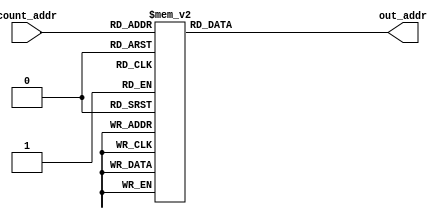
module sram_addr_0(
input [8:0] count_addr,
output reg [10:0] out_addr
);

always@* begin
	case(count_addr) // synopsys parallel_case
		  0: out_addr = 1560; //0 OK
		  1: out_addr = 1559;
		  2: out_addr = 1496;
		  3: out_addr = 1495;
		  4: out_addr = 1432;
		  5: out_addr = 1431;
		  6: out_addr = 1368;
		  7: out_addr = 1367;
		  8: out_addr = 1304; //1 OK	
		  9: out_addr = 1303;
		 10: out_addr = 1240;
		 11: out_addr = 1239;
		 12: out_addr = 1176;
		 13: out_addr = 1175;
		 14: out_addr = 1112;
		 15: out_addr = 1111;
		 16: out_addr = 1048; //2 OK
		 17: out_addr = 1047;
		 18: out_addr = 984;
		 19: out_addr = 983;
		 20: out_addr = 920;
		 21: out_addr = 919;
		 22: out_addr = 856;
		 23: out_addr = 855;
		 24: out_addr = 792; //3 OK
		 25: out_addr = 791;
		 26: out_addr = 728;
		 27: out_addr = 727;
		 28: out_addr = 664;
		 29: out_addr = 663;
		 30: out_addr = 600;
		 31: out_addr = 599;
		 32: out_addr = 598; //4 OK
		 33: out_addr = 597;
		 34: out_addr = 662;
		 35: out_addr = 661;
		 36: out_addr = 726;
		 37: out_addr = 725;
		 38: out_addr = 790;
		 39: out_addr = 789;
		 40: out_addr = 854; //5 OK
		 41: out_addr = 853;
		 42: out_addr = 918;
		 43: out_addr = 917;
		 44: out_addr = 982;
		 45: out_addr = 981;
		 46: out_addr = 1046;
		 47: out_addr = 1045;
		 48: out_addr = 1110; //6 OK
		 49: out_addr = 1109;
		 50: out_addr = 1174;
		 51: out_addr = 1173;
		 52: out_addr = 1238;
		 53: out_addr = 1237;
		 54: out_addr = 1302;
		 55: out_addr = 1301;
		 56: out_addr = 1366; //7 OK
		 57: out_addr = 1365;
		 58: out_addr = 1430;
		 59: out_addr = 1429;
		 60: out_addr = 1494;
		 61: out_addr = 1493;
		 62: out_addr = 1558;
		 63: out_addr = 1557;
		 64: out_addr = 1556; //8 OK
		 65: out_addr = 1555;
		 66: out_addr = 1492;
		 67: out_addr = 1491;
		 68: out_addr = 1428;
		 69: out_addr = 1427;
		 70: out_addr = 1364;
		 71: out_addr = 1363;
		 72: out_addr = 980; //9 OK
		 73: out_addr = 979;
		 74: out_addr = 916;
		 75: out_addr = 915;
		 76: out_addr = 852;
		 77: out_addr = 851;
		 78: out_addr = 788;
		 79: out_addr = 787;
		 80: out_addr = 724; //10 OK
		 81: out_addr = 723;
		 82: out_addr = 660;
		 83: out_addr = 659;
		 84: out_addr = 596;
		 85: out_addr = 595;
		 86: out_addr = 594;
		 87: out_addr = 593;
		 88: out_addr = 658; //11 OK
		 89: out_addr = 657;
		 90: out_addr = 722;
		 91: out_addr = 721;
		 92: out_addr = 786;
		 93: out_addr = 785;
		 94: out_addr = 850;
		 95: out_addr = 849;
		 96: out_addr = 914; //12 OK
		 97: out_addr = 913;
		 98: out_addr = 978;
		 99: out_addr = 977;
		100: out_addr = 1362;
		101: out_addr = 1361;
		102: out_addr = 1426;
		103: out_addr = 1425;
		104: out_addr = 1490; //13 OK
		105: out_addr = 1489;
		106: out_addr = 1554;
		107: out_addr = 1553;
		108: out_addr = 1552;	
		109: out_addr = 1551;
		110: out_addr = 1488;
		111: out_addr = 1487;
		112: out_addr = 1424; //14 OK
		113: out_addr = 1423;
		114: out_addr = 1360;
		115: out_addr = 1359;
		116: out_addr = 1295;
		117: out_addr = 1231;
		118: out_addr = 1167;
		119: out_addr = 1103;
		120: out_addr = 1039; //15 OK
		121: out_addr = 976;
		122: out_addr = 975;
		123: out_addr = 912;
		124: out_addr = 911;
		125: out_addr = 848;
		126: out_addr = 847;
		127: out_addr = 784;
		128: out_addr = 783; //16 OK
		129: out_addr = 720;
		130: out_addr = 719;
		131: out_addr = 656;
		132: out_addr = 655;
		133: out_addr = 592;
		134: out_addr = 591;
		135: out_addr = 528;
		136: out_addr = 527; //17 OK
		137: out_addr = 464;
		138: out_addr = 463;
		139: out_addr = 336;
		140: out_addr = 335;
		141: out_addr = 272;
		142: out_addr = 271;
		143: out_addr = 208;
		144: out_addr = 207; //18
		145: out_addr = 144;
		146: out_addr = 143;
		147: out_addr = 80;
		148: out_addr = 79;
		149: out_addr = 16;
		150: out_addr = 15;
		151: out_addr = 14;
		152: out_addr = 13; //19
		153: out_addr = 78;
		154: out_addr = 77;
		155: out_addr = 142;
		156: out_addr = 141;
		157: out_addr = 206;
		158: out_addr = 205;
		159: out_addr = 270;
		160: out_addr = 269; //20 OK
		161: out_addr = 334;
		162: out_addr = 333;
		163: out_addr = 462;
		164: out_addr = 461;
		165: out_addr = 526;
		166: out_addr = 525;
		167: out_addr = 590;
		168: out_addr = 589; //21
		169: out_addr = 654;
		170: out_addr = 653;
		171: out_addr = 718;
		172: out_addr = 717;
		173: out_addr = 782;
		174: out_addr = 781;
		175: out_addr = 846;
		176: out_addr = 845; //22 OK
		177: out_addr = 910;
		178: out_addr = 909;
		179: out_addr = 974;
		180: out_addr = 973;
		181: out_addr = 1038;
		182: out_addr = 1037;
		183: out_addr = 1102;
		184: out_addr = 1101; //23 OK
		185: out_addr = 1166;
		186: out_addr = 1165;
		187: out_addr = 1230;
		188: out_addr = 1229;
		189: out_addr = 1294;
		190: out_addr = 1293;
		191: out_addr = 1358;
		192: out_addr = 1357; //24 OK
		193: out_addr = 1422;
		194: out_addr = 1421;
		195: out_addr = 1486;
		196: out_addr = 1485;
		197: out_addr = 1550;
		198: out_addr = 1549;
		199: out_addr = 1548;
		200: out_addr = 1547; //25 OK
		201: out_addr = 1484;
		202: out_addr = 1483;
		203: out_addr = 1420;
		204: out_addr = 1419;
		205: out_addr = 1356;
		206: out_addr = 1355;
		207: out_addr = 1292;
		208: out_addr = 1291; //26 OK
		209: out_addr = 1228;
		210: out_addr = 1227;
		211: out_addr = 1164;
		212: out_addr = 1163;
		213: out_addr = 1100;
		214: out_addr = 1099;
		215: out_addr = 1036;
		216: out_addr = 1035; //27 OK
		217: out_addr = 972;
		218: out_addr = 971;
		219: out_addr = 908;
		220: out_addr = 907;
		221: out_addr = 844;
		222: out_addr = 843;
		223: out_addr = 780;
		224: out_addr = 779; //28 OK
		225: out_addr = 716;
		226: out_addr = 715;
		227: out_addr = 652;
		228: out_addr = 651;
		229: out_addr = 588;
		230: out_addr = 587;
		231: out_addr = 524;
		232: out_addr = 523; //29 OK
		233: out_addr = 460;
		234: out_addr = 459;
		235: out_addr = 332;
		236: out_addr = 331;
		237: out_addr = 268;
		238: out_addr = 267;
		239: out_addr = 204;
		240: out_addr = 203; //30
		241: out_addr = 140;
		242: out_addr = 139;
		243: out_addr = 76;
		244: out_addr = 75;
		245: out_addr = 12;
		246: out_addr = 11;
		247: out_addr = 10; 
		248: out_addr = 9; //31
		249: out_addr = 74;
		250: out_addr = 73;
		251: out_addr = 138;
		252: out_addr = 137;
		253: out_addr = 202;
		254: out_addr = 201;
		255: out_addr = 266;
		256: out_addr = 265; //32 OK
		257: out_addr = 330;
		258: out_addr = 329;
		259: out_addr = 458;
		260: out_addr = 457;
		261: out_addr = 522;
		262: out_addr = 521;
		263: out_addr = 586;
		264: out_addr = 585; //33 OK
		265: out_addr = 650; 
		266: out_addr = 649;
		267: out_addr = 714;
		268: out_addr = 713;
		269: out_addr = 778;
		270: out_addr = 777;
		271: out_addr = 842;
		272: out_addr = 841; //34 OK
		273: out_addr = 906;
		274: out_addr = 905;
		275: out_addr = 970;
		276: out_addr = 969;
		277: out_addr = 1034;
		278: out_addr = 1033;
		279: out_addr = 1098;
		280: out_addr = 1097; //35 PK
		281: out_addr = 1162;
		282: out_addr = 1161;
		283: out_addr = 1226;
		284: out_addr = 1225;
		285: out_addr = 1290;
		286: out_addr = 1289;
		287: out_addr = 1354;
		288: out_addr = 1353; //36 OK
		289: out_addr = 1418;
		290: out_addr = 1417;
		291: out_addr = 1482;
		292: out_addr = 1481;
		293: out_addr = 1546;
		294: out_addr = 1545;
		295: out_addr = 1032; 
		296: out_addr = 1031; //37 OK
		297: out_addr = 968;
		298: out_addr = 967;
		299: out_addr = 904;
		300: out_addr = 903;
		301: out_addr = 840;
		302: out_addr = 839;
		303: out_addr = 776;
		304: out_addr = 775; //38 OK
		305: out_addr = 712;
		306: out_addr = 711;
		307: out_addr = 648;
		308: out_addr = 647;	
		309: out_addr = 584;
		310: out_addr = 583;
		311: out_addr = 581;
		312: out_addr = 580; //39 OK
		313: out_addr = 645;
		314: out_addr = 644;
		315: out_addr = 709;
		316: out_addr = 708;
		317: out_addr = 773;
		318: out_addr = 772;
		319: out_addr = 837;
		320: out_addr = 836; //40 OK
		321: out_addr = 901;
		322: out_addr = 900;
		323: out_addr = 965;
		324: out_addr = 964;
		325: out_addr = 1029;
		326: out_addr = 1028;
		327: out_addr = 1027;
		328: out_addr = 1026; //41 OK
		329: out_addr = 963;
		330: out_addr = 962; 
		331: out_addr = 899;
		332: out_addr = 898;
		333: out_addr = 835;
		334: out_addr = 834;
		335: out_addr = 771;
		336: out_addr = 770; //42 OK
		337: out_addr = 707;
		338: out_addr = 706;
		339: out_addr = 643;
		340: out_addr = 642;
		341: out_addr = 579;
		342: out_addr = 578;
		343: out_addr = 577;
		344: out_addr = 576; //43 OK
		345: out_addr = 641;
		346: out_addr = 640;
		347: out_addr = 705;
		348: out_addr = 704;
		349: out_addr = 769;
		350: out_addr = 768;
		351: out_addr = 833;
		default: out_addr = 0;
	endcase
end
endmodule